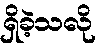
ရှိခဲ့သလို